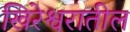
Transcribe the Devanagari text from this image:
खिरेश्वरातील